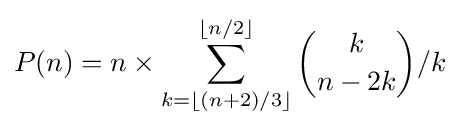
P(n)=n\times \sum _{k=\lfloor (n+2)/3\rfloor }^{\lfloor n/2\rfloor }{\binom {k}{n-2k}}/k